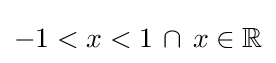
-1<x<1\,\cap \,x\in \mathbb {R}